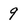
Character: 9